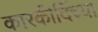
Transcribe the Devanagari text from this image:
कारकीर्दिच्या